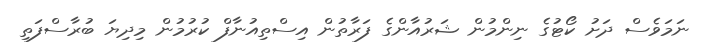
ނަމަވެސް ދަށު ކޯޓުގެ ނިންމުން ޝަރުއާންގެ ފަރާތުން އިސްތިއުނާފް ކުރުމުން މިދިޔަ ބުރާސްފަތި